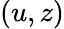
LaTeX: (u,z)